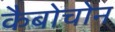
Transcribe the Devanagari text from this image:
कैबोचोन